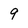
Character: 9